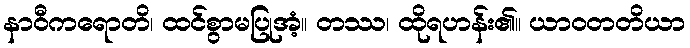
နာဝီကရောတိ၊ ထင်စွာမပြုအံ့။ တဿ၊ ထိုရဟန်း၏။ ယာဝတတိယာ